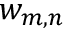
w _ { m , n }